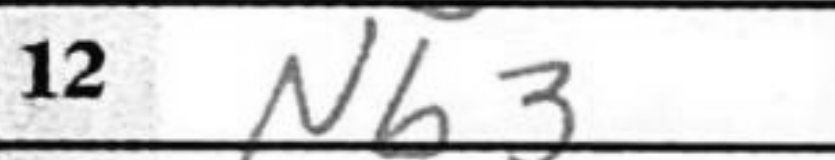
Transcription: Nb3